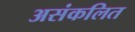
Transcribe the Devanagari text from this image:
असंकलित